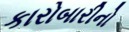
કારોબારીનો